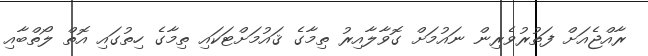
ރާއްޖެއަށް ފަތުރުވެރިން ނައުމަށް ގޮވާލާއިރު ތިމާގެ ޤައުމަށްޓަކައި ތިމާގެ ހިތުގައި އޮތް ލޯތްބާއި